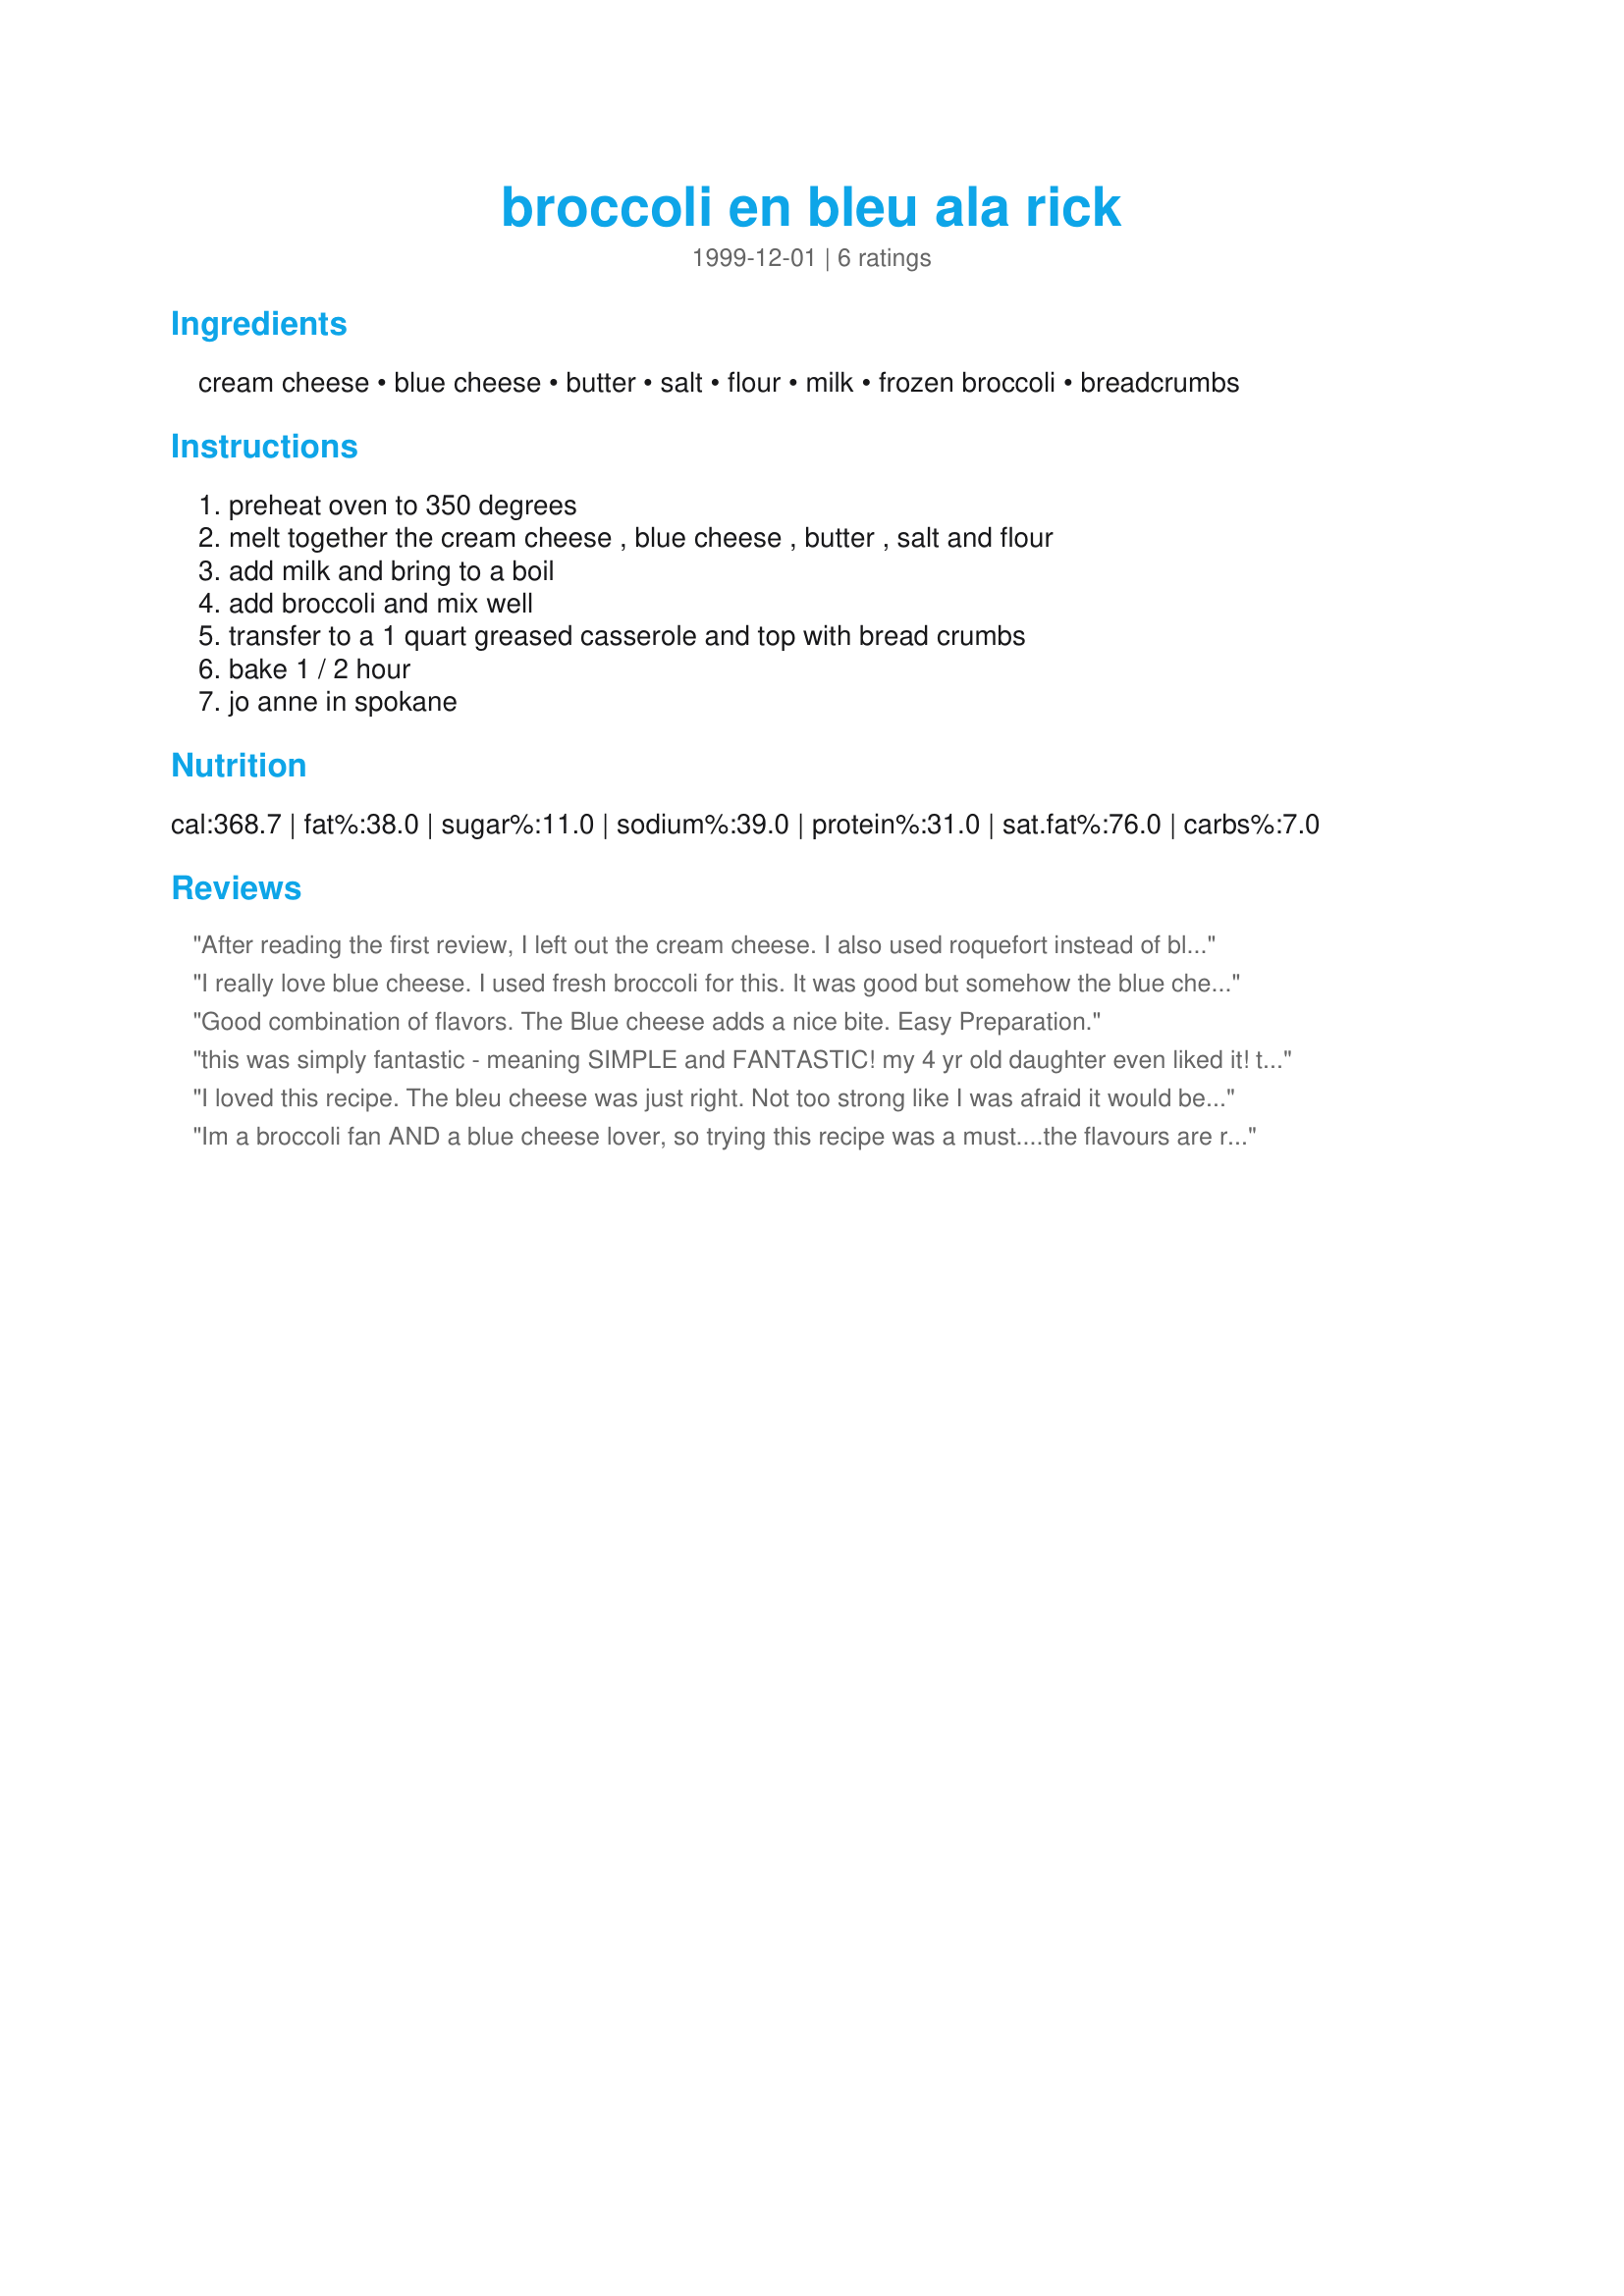
broccoli en bleu ala rick
Preparation time: 0 minutes

Ingredients:
cream cheese, blue cheese, butter, salt, flour, milk, frozen broccoli, breadcrumbs

Steps:
preheat oven to 350 degrees, melt together the cream cheese , blue cheese , butter , salt and flour, add milk and bring to a boil, add broccoli and mix well, transfer to a 1 quart greased casserole and top with bread crumbs, bake 1 / 2 hour, jo anne in spokane

Reviews:
After reading the first review, I left out the cream cheese. I also used roquefort instead of bleu (because I had it)and fresh broccoli. It was delicious!
I really love blue cheese. I used fresh broccoli for this. It was good but somehow the blue cheese flavour did not come across as strongly as I would have liked. Maybe the cream cheese diluted it too much. But it was still good!!
Good combination of flavors. The Blue cheese adds a nice bite. Easy Preparation.
this was simply fantastic - meaning SIMPLE and FANTASTIC! my 4 yr old daughter even liked it! this would be a perfect 'company' dish (as long as everyone likes bleu cheese!) i wouldn't change a thing about this recipe, other than possibly double the sauce, add some chopped, cooked chicken breast and serve it over rice. scrumptious - will definitely be making this often! thanks for posting this recipe :)
I loved this recipe. The bleu cheese was just right. Not too strong like I was afraid it would be. This one's a keeper.
Im a broccoli fan AND a blue cheese lover, so trying this recipe was a must....the flavours are really good together. =)
